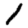
Digit: 1